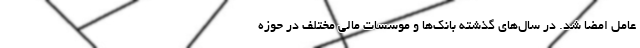
عامل امضا شد. در سال‌های گذشته بانک‌ها و موسسات مالی مختلف در حوزه